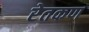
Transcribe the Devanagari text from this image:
रेतकण